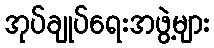
အုပ်ချုပ်ရေးအဖွဲ့များ